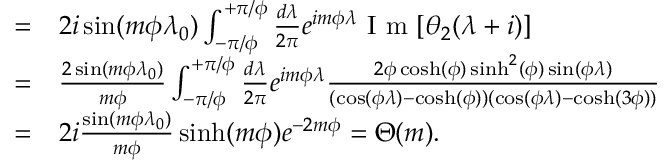
\begin{array} { r l } { = } & { { } 2 i \sin ( m \phi \lambda _ { 0 } ) \int _ { - \pi / \phi } ^ { + \pi / \phi } \frac { d \lambda } { 2 \pi } e ^ { i m \phi \lambda } \mathrm { ~ I ~ m ~ } [ \theta _ { 2 } ( \lambda + i ) ] } \\ { = } & { { } \frac { 2 \sin ( m \phi \lambda _ { 0 } ) } { m \phi } \int _ { - \pi / \phi } ^ { + \pi / \phi } \frac { d \lambda } { 2 \pi } e ^ { i m \phi \lambda } \frac { 2 \phi \cosh ( \phi ) \sinh ^ { 2 } ( \phi ) \sin ( \phi \lambda ) } { ( \cos ( \phi \lambda ) - \cosh ( \phi ) ) ( \cos ( \phi \lambda ) - \cosh ( 3 \phi ) ) } } \\ { = } & { { } 2 i \frac { \sin ( m \phi \lambda _ { 0 } ) } { m \phi } \sinh ( m \phi ) e ^ { - 2 m \phi } = \Theta ( m ) . } \end{array}